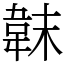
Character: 韎